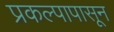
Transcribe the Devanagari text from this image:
प्रकल्पापासून